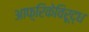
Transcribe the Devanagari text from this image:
आफ़्रिकेविरूद्ध